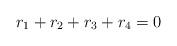
LaTeX: \begin{align*}r_1+r_2+r_3+r_4=0\end{align*}